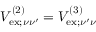
V _ { \mathrm { e x } ; \nu \nu ^ { \prime } } ^ { ( 2 ) } = V _ { \mathrm { e x } ; \nu ^ { \prime } \nu } ^ { ( 3 ) }